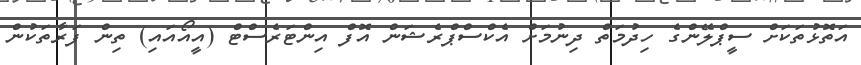
އަތޮޅުތަކަށް ސީޕްލޭންގެ ހިދުމަތް ދިނުމަށް އެކްސްޕްރެޝަން އޮފް އިންޓަރެސްޓް (އީއޯއައި) ތިން ފަރާތަކުން